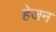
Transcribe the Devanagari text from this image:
हेजन